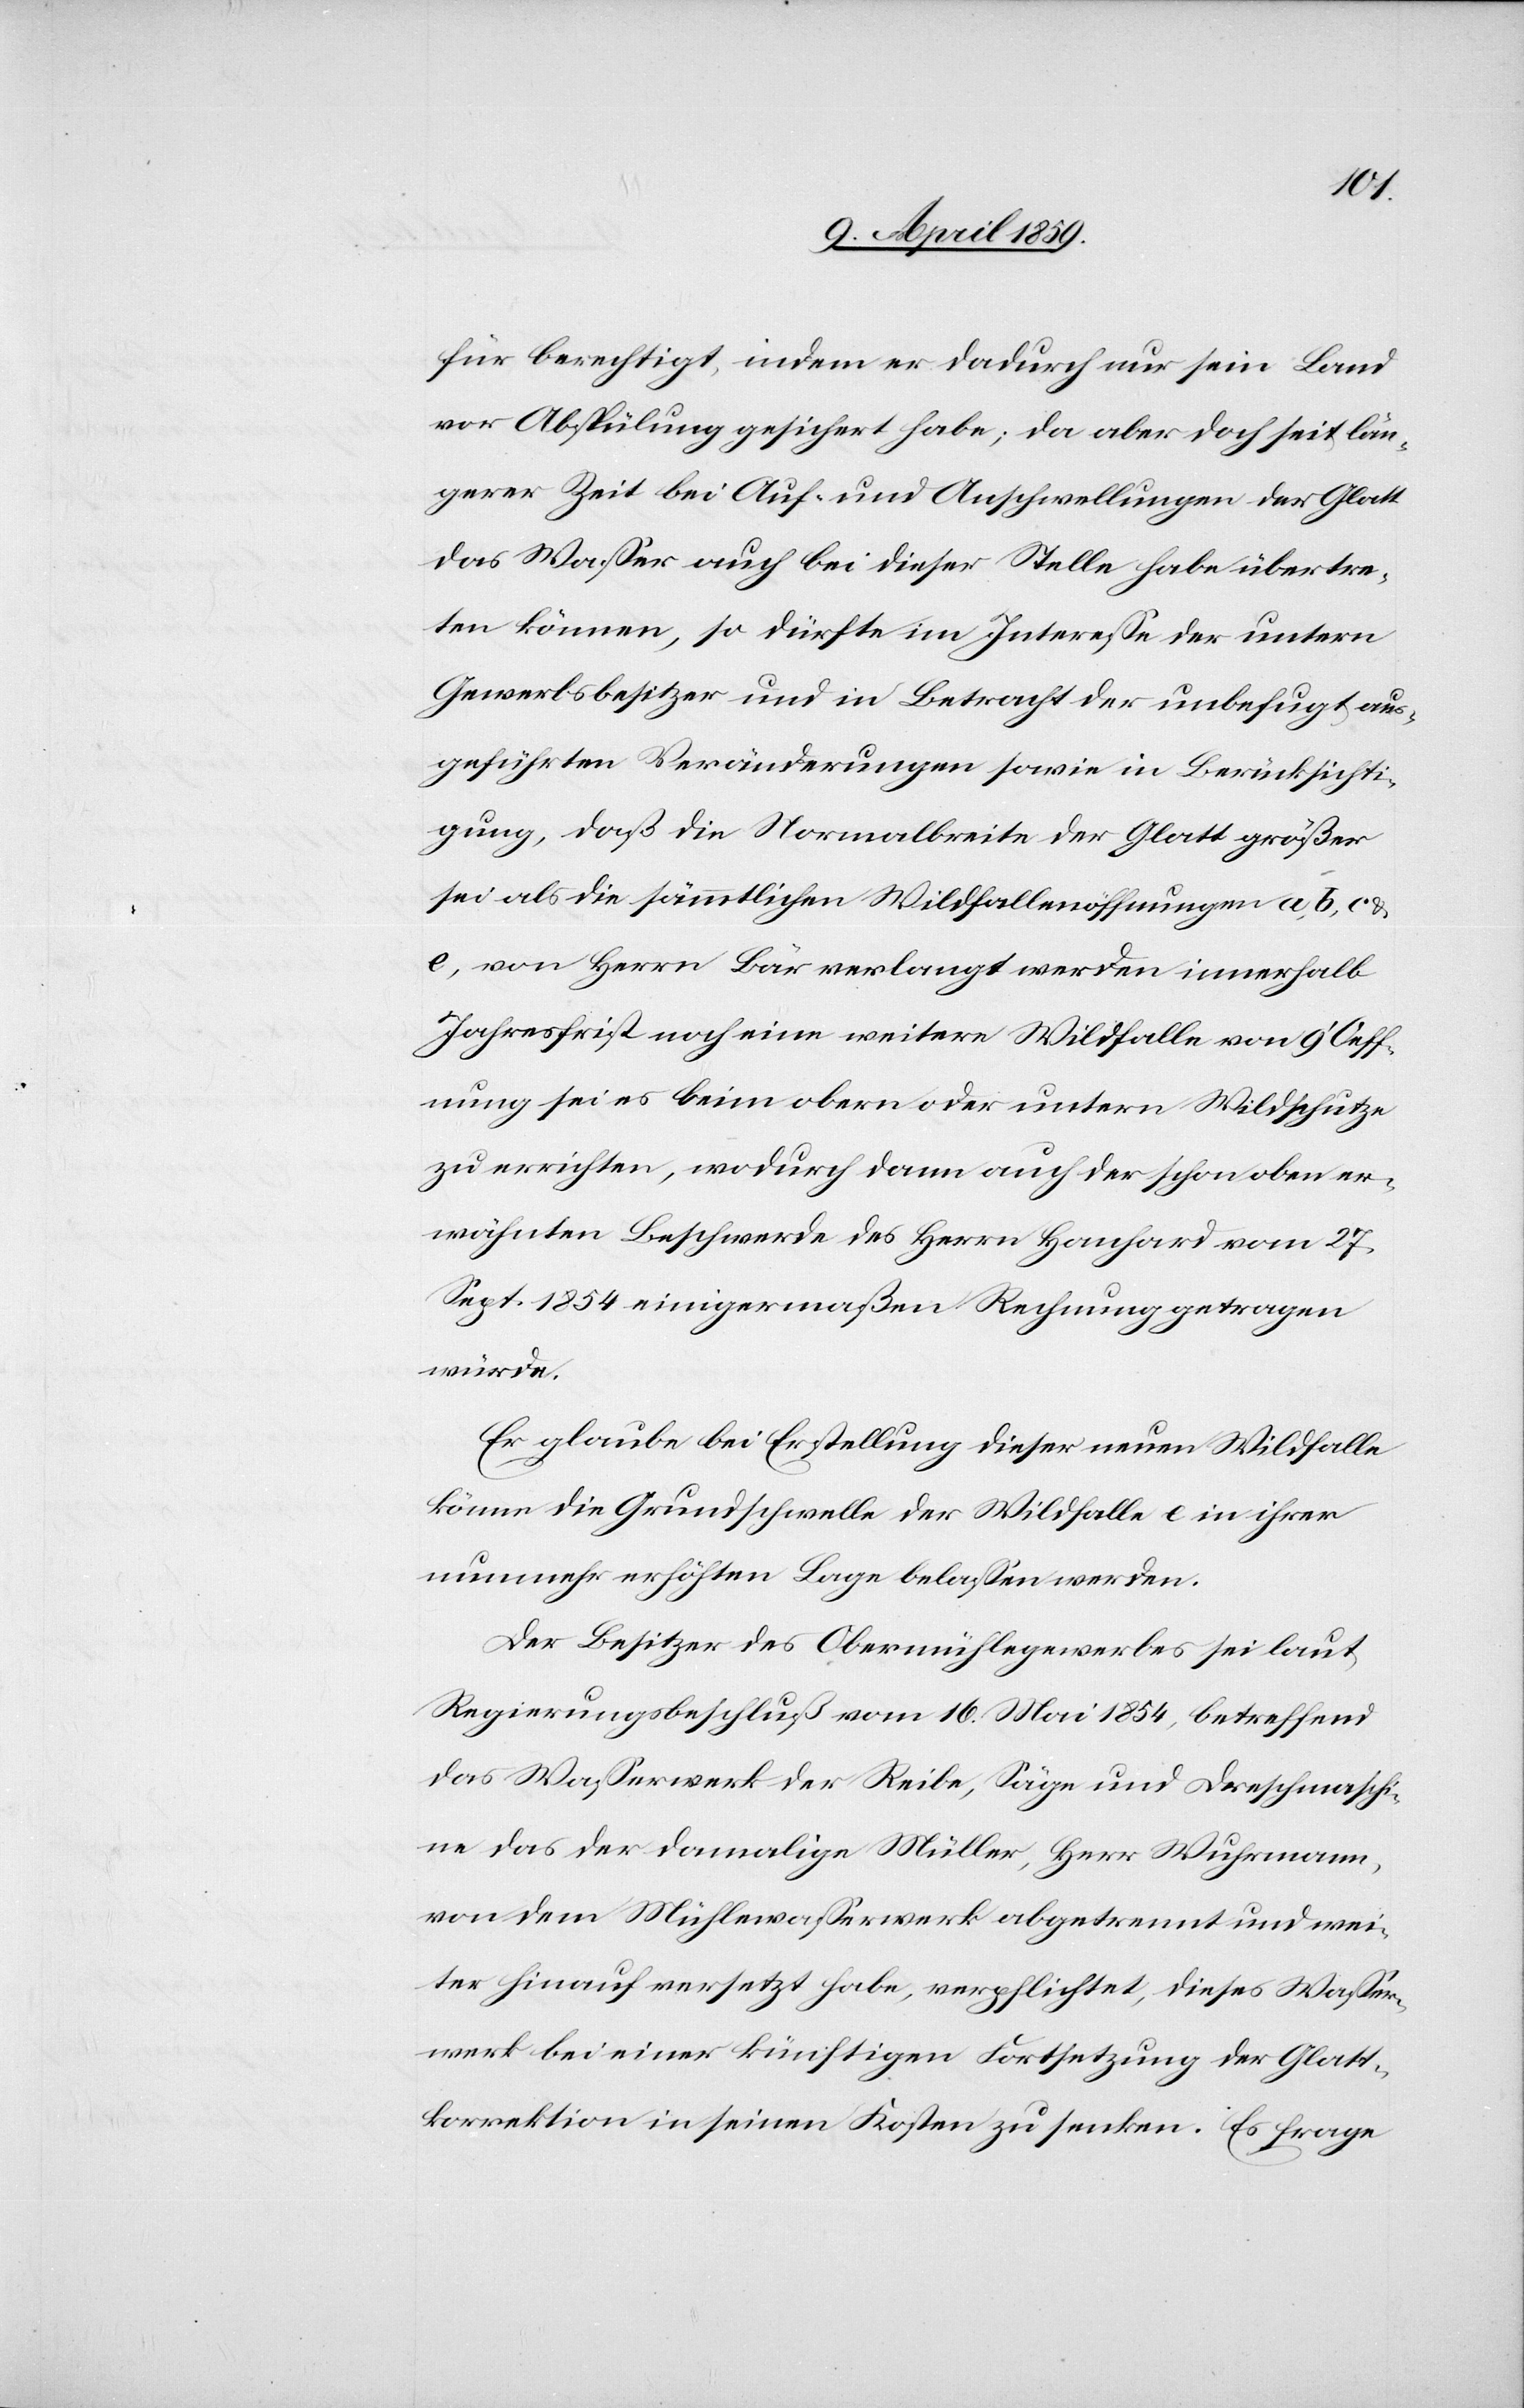
für berechtigt, indem er dadurch nur sein Land
vor Abspülung gesichert habe; da aber doch seit län¬
gerer Zeit bei Auf- und Anschwellungen der Glatt
das Waßer auch bei dieser Stelle habe übertre¬
ten können, so dürfte im Intereße der untern
Gewerbsbesitzer und in Betracht der unbefugt aus¬
geführten Veränderungen sowie in Berücksichti¬
gung, daß die Normalbreite der Glatt größer
sei als die sämmtlichen Wildfallenöffnungen a, b, c
e, von Herrn Bär verlangt werden innerhalb
Jahresfrist noch eine weitere Wildfalle von 9‘ Oeff¬
nung sei es beim obern oder untern Wildschutze
zu errichten, wodurch dann auch der schon oben er¬
wähnten Beschwerde des Herrn Hanhard [sic!] vom 27.
Sept. 1854 einigermaßen Rechnung getragen
würde.
Er glaube bei Erstellung dieser neuen Wildfalle
könne die Grundschwelle der Wildfalle e in ihrer
nunmehr erhöhten Lage belaßen werden.
Der Besitzer des Obermühlegewerbes sei laut
Regierungsbeschluß vom 16. Mai 1854, betreffend
das Waßerwerk der Reibe, Säge und Dreschmaschi¬
ne das der damalige Müller, Herr Wuhrmann,
von dem Mühlewaßerwerk abgetrennt und wei¬
ter hinauf versetzt habe, verpflichtet, dieses Waßer¬
werk bei einer künftigen Fortsetzung der Glatt¬
korrektion in seinen Kosten zu senken. Es frage